Report of the Bombay Plague Committee
Disease focus: Plague
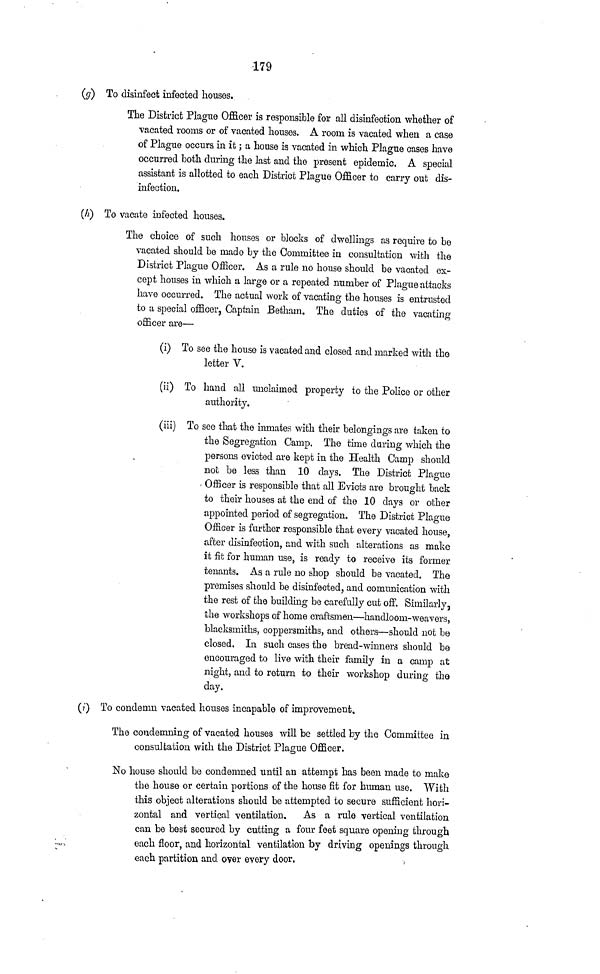
179
(g) To disinfect infected houses.
The District Plague Officer is responsible for all disinfection whether of
vacated rooms or of vacated houses. A room is vacated when a case
of Plague occurs in it; a house is vacated in which Plague cases have
occurred both during the last and the present epidemic. A special
assistant is allotted to each District Plague Officer to carry out dis-
infection.
(A) To vacate infected houses.
The choice of such houses or blocks of dwellings as require to be
vacated should be made by the Committee in consultation with the
District Plague Officer. As a rule no house should be vacated ex-
cept houses in which a large or a repeated number of Plague attacks
have occurred. The actual work of vacating the houses is entrusted
to a special officer, Captain Betham. The duties of the vacating
officer are—
(i) To see the house is vacated and closed and marked with the
letter V.
(ii) To hand all unclaimed property to the Police or other
authority.
(iii) To see that the inmates with their belongings are taken to
the Segregation Camp. The time during which the
persons evicted are kept in the Health Camp should
not be less than 10 days. The District Plague
Officer is responsible that all Evicts are brought back
to their houses at the end of the 10 days or other
appointed period of segregation. The District Plague
Officer is further responsible that every vacated house,
after disinfection, and with such alterations as make
it fit for human use, is ready to receive its former
tenants. As a rule no shop should be vacated. The
premises should be disinfected, and comunication with
the rest of the building be carefully cut off. Similarly,
llie workshops of home craftsmen—handloom-weavers,
blacksmiths, coppersmiths, and others—should not be
closed. In such cases the bread-winners should be
encouraged to live with their family in a camp at
night, and to return to their workshop during the
day.
(?) To condemn vacated houses incapable of improvement.
The condemning of vacated houses will be settled by the Committee in
consultation with the District Plague Officer.
No house should be condemned until an attempt has been made to make
the house or certain portions of the house fit for human use. With
this object alterations should be attempted to secure sufficient hori-
zontal and vertical ventilation.
As a rule vertical ventilation
can be best secured by cutting a four feet square opening through
each floor, and horizontal ventilation by driving openings through
each partition and o?er every door.